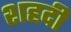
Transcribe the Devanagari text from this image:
शहदी